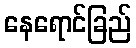
နေရောင်ခြည်